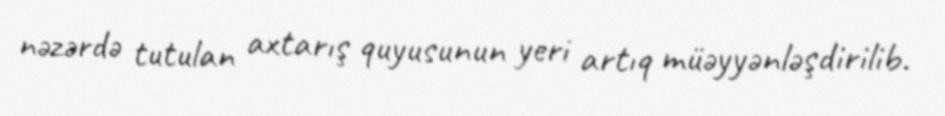
nəzərdə tutulan axtarış quyusunun yeri artıq müəyyənləşdirilib.